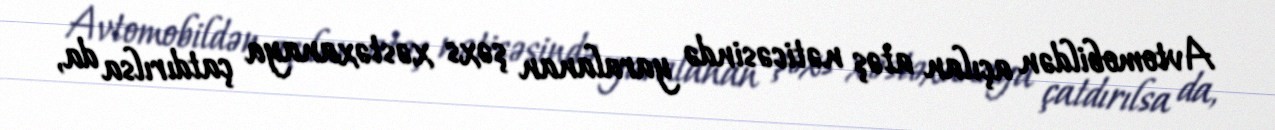
Avtomobildən açılan atəş nəticəsində yaralanan şəxs xəstəxanaya çatdırılsa da,